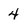
Character: 4